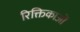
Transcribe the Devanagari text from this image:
रिक्तिकाओं